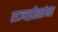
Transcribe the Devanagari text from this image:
राज्यद्रोह्यांना